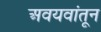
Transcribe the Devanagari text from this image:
अवयवांतून